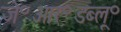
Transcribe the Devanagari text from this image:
जे॰आर॰डब्लू॰